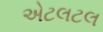
એટલટલ